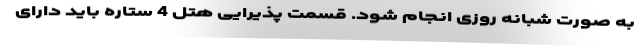
به صورت شبانه روزی انجام شود. قسمت پذیرایی هتل 4 ستاره باید دارای